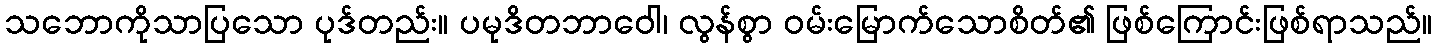
သဘောကိုသာပြသော ပုဒ်တည်း။ ပမုဒိတဘာဝေါ၊ လွန်စွာ ဝမ်းမြောက်သောစိတ်၏ ဖြစ်ကြောင်းဖြစ်ရာသည်။